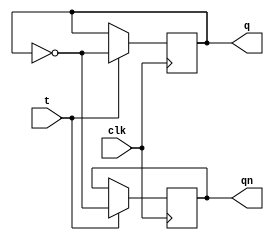
module t_flip_flop (
    input clk, // clock signal
    input t, // T input signal
    output reg q, // Q output signal
    output reg qn // Qn output signal
);

reg d; // D input signal

always @(posedge clk) begin
    d <= t;
end

always @(posedge clk) begin
    if (t == 1'b1) begin
        q <= ~q;
        qn <= ~q;
    end
end

endmodule